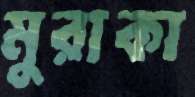
মুরাকা